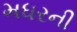
મધરની